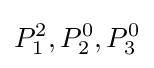
P_{1}^{2},P_{2}^{0},P_{3}^{0}